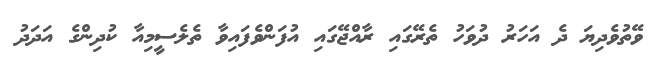
ވޭތުވެދިޔަ ދެ އަހަރު ދުވަހު ތެރޭގައި ރާއްޖޭގައި އުފަންވެފައިވާ ތެލެސީމިއާ ކުދިންގެ އަދަދު